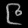
Digit: ၉